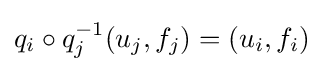
q_{i}\circ q_{j}^{-1}(u_{j},f_{j})=(u_{i},f_{i})